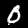
Digit: 0